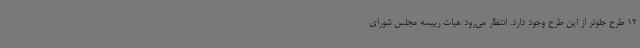
12 طرح جلوتر از این طرح وجود دارد. انتظار می‌رود هیات رییسه مجلس شورای